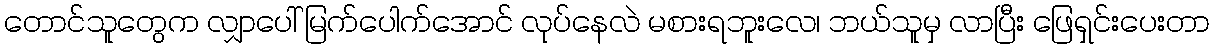
တောင်သူတွေက လျှာပေါ် မြက်ပေါက်အောင် လုပ်နေလဲ မစားရဘူးလေ၊ ဘယ်သူမှ လာပြီး ဖြေရှင်းပေးတာ